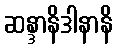
ဆန္ဒာနိဒါနာနိ